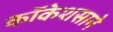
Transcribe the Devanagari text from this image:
कॉकेशसाने